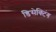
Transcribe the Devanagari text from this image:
डिसेक्टिंग